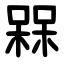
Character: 槑